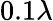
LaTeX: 0.1\lambda